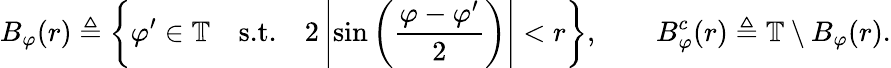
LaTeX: B_{\varphi}(r)\triangleq\left\{ \varphi^{\prime}\in\mathbb{T}\quad\textnormal{s.t.}\quad 2\left|\sin\left(\frac{\varphi-\varphi^{\prime}}{2}\right)\right|<r\right\} ,\qquad B_{\varphi}^{c}(r)\triangleq\mathbb{T}\setminus B_{\varphi}(r).